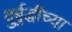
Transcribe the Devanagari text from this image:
दुर्बुद्धीच्या